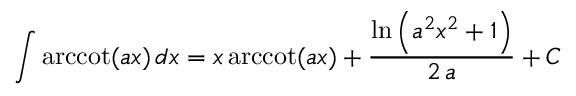
\int \operatorname { a r c c o t } ( a x ) \, d x = x \operatorname { a r c c o t } ( a x ) + { \frac { \ln \left( a ^ { 2 } x ^ { 2 } + 1 \right) } { 2 \, a } } + C